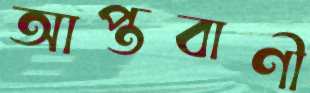
আপ্তবাণী